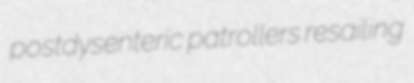
postdysenteric patrollers resailing